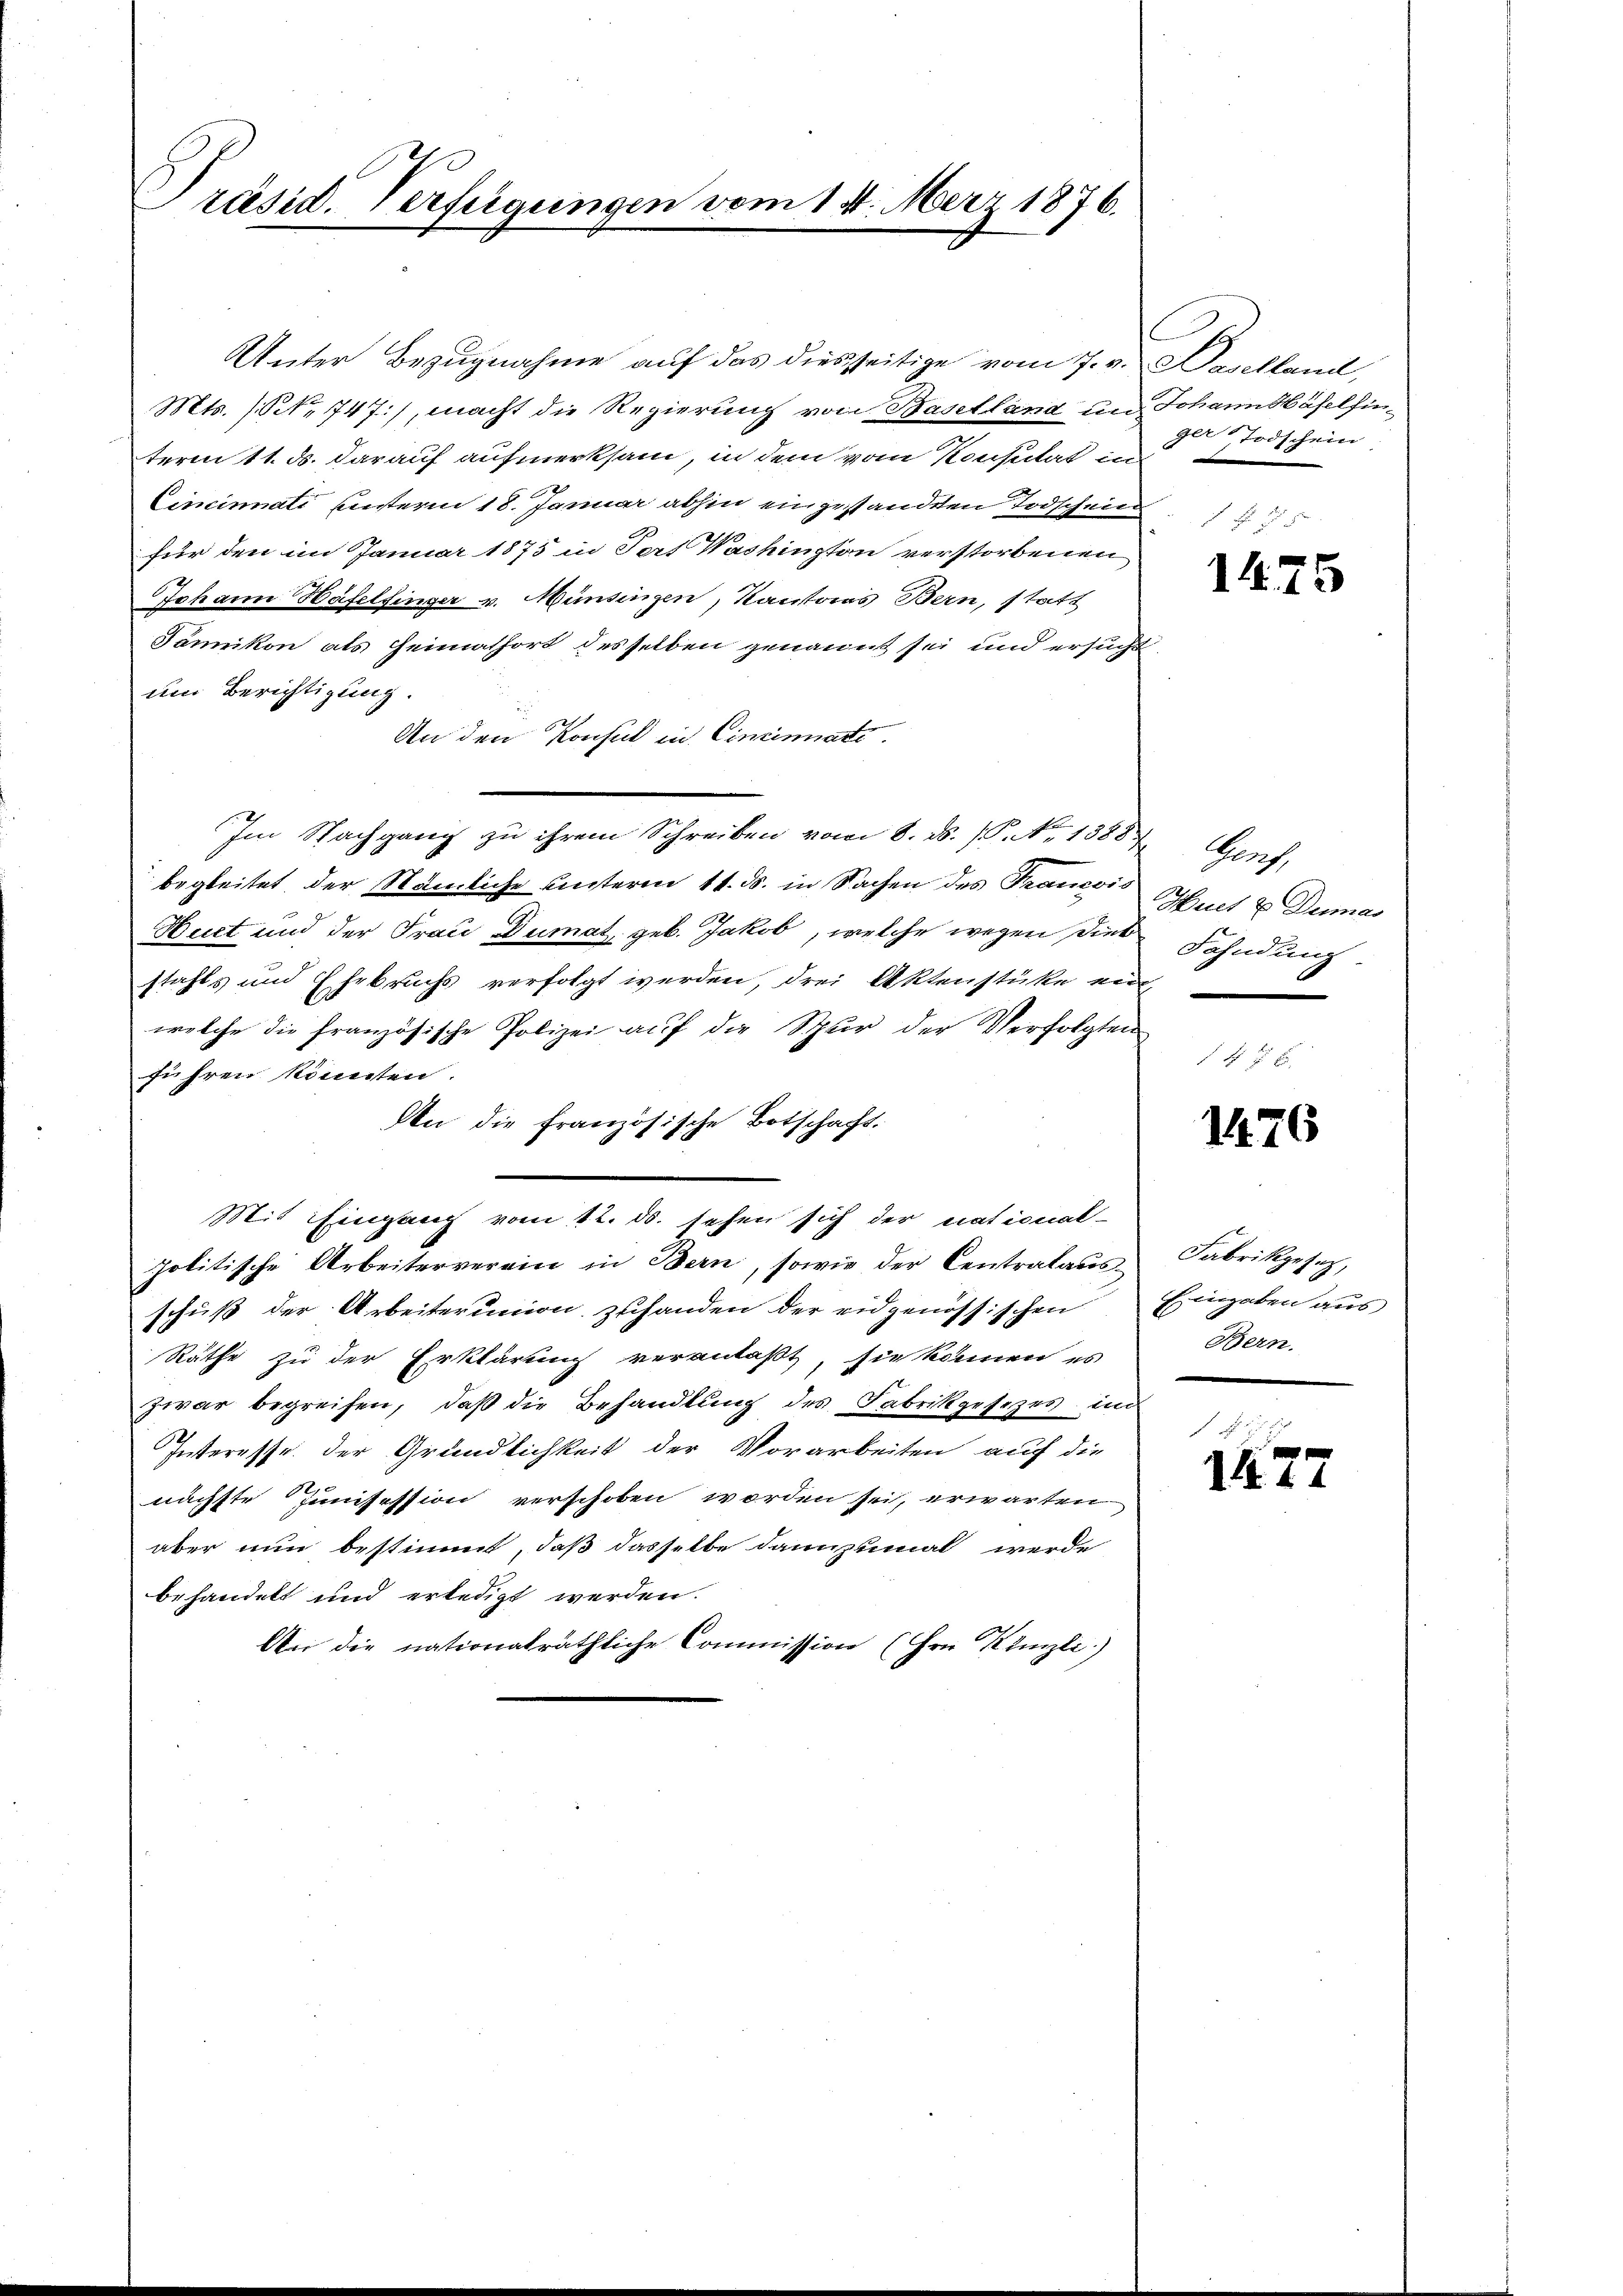
Präsid. Verfügungen vom 14. März 1876.

Unter Bezugnahme auf das diesseitige vom 7. v. Haselland,
Mts. (N. 747), macht die Regierung von Baselland im Johann Häfelfinterm 11. ds. darauf aufmerksam, in dem vom Konsulat in
Cincinati unterm 18. Januar abhin eingestandten Todschein
für den im Januar 1875 in Tert Washington verstorbenen
Johann Häfelfinger v. Münsingen, Kantonas Bern, statt
Sänikon als Heimathort desselben genannt sei und ersucht
um Berichtigung.
An den Konsul in Cincinate.
Im Nachgang zu ihrem Schreiben vom 8. ds. f. No 13854 Genf,
begleitet, der Nämliche unterm 11. ds. in Sachen des Francis Schnet & Dumas
Huet und der Frau Dumat, geb. Jakob, welche wegen dies
stahls und Ehebruchs verfolgt werden, drei Aktenstüke ein,
welche die französische Polizei auf die Spur der Verfolgten
führen könnten.
An die französische Botschacht.
Mit Eingang vom 12. ds. sehen sich der national-
politische Arbeiterverein in Bern, sowie der Centralaŭs Fabrikgesez,
schuß der Arbeiterunion zuhanden der eidgenössischen Eingaben aus
1
Räthe zu der Erklärung veranlaßt, sie können es
zwar begreifen, daß die Behandlung des Fabrikgesezes im
Interesse. Der Gründlichkeit der Vorarbeiten auf die
nächste Junisession verschoben worden sei, erwarten
aber nun bestimmt, daß dasselbe dannzumal werde
behandelt und erledigt werden.
An die nationalräthliche Commission (Hrn. Künzli.)

ger Todschein

1475

Fahndung

1476

Bern.

f
1477